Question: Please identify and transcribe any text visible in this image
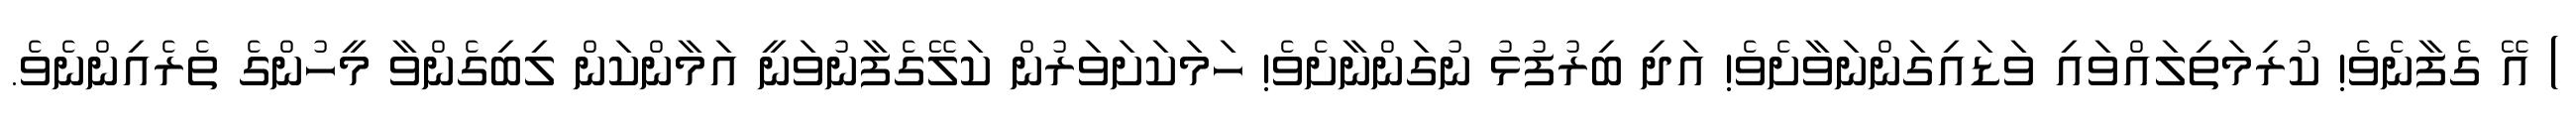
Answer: ) އޭ ގެފާނެވެ! ކުރިމަތިލައްވައި ވަޑައިގަންނަވާށެވެ! އަދި ބިރުފުޅު ނުގަންނާށެވެ! ހަމަކަށަވަރުން ކަލޭގެފާނުވަނީ އަމާންކަން ލިބިގެންވާ މީހުންގެ ތެރެއިންނެވެ.